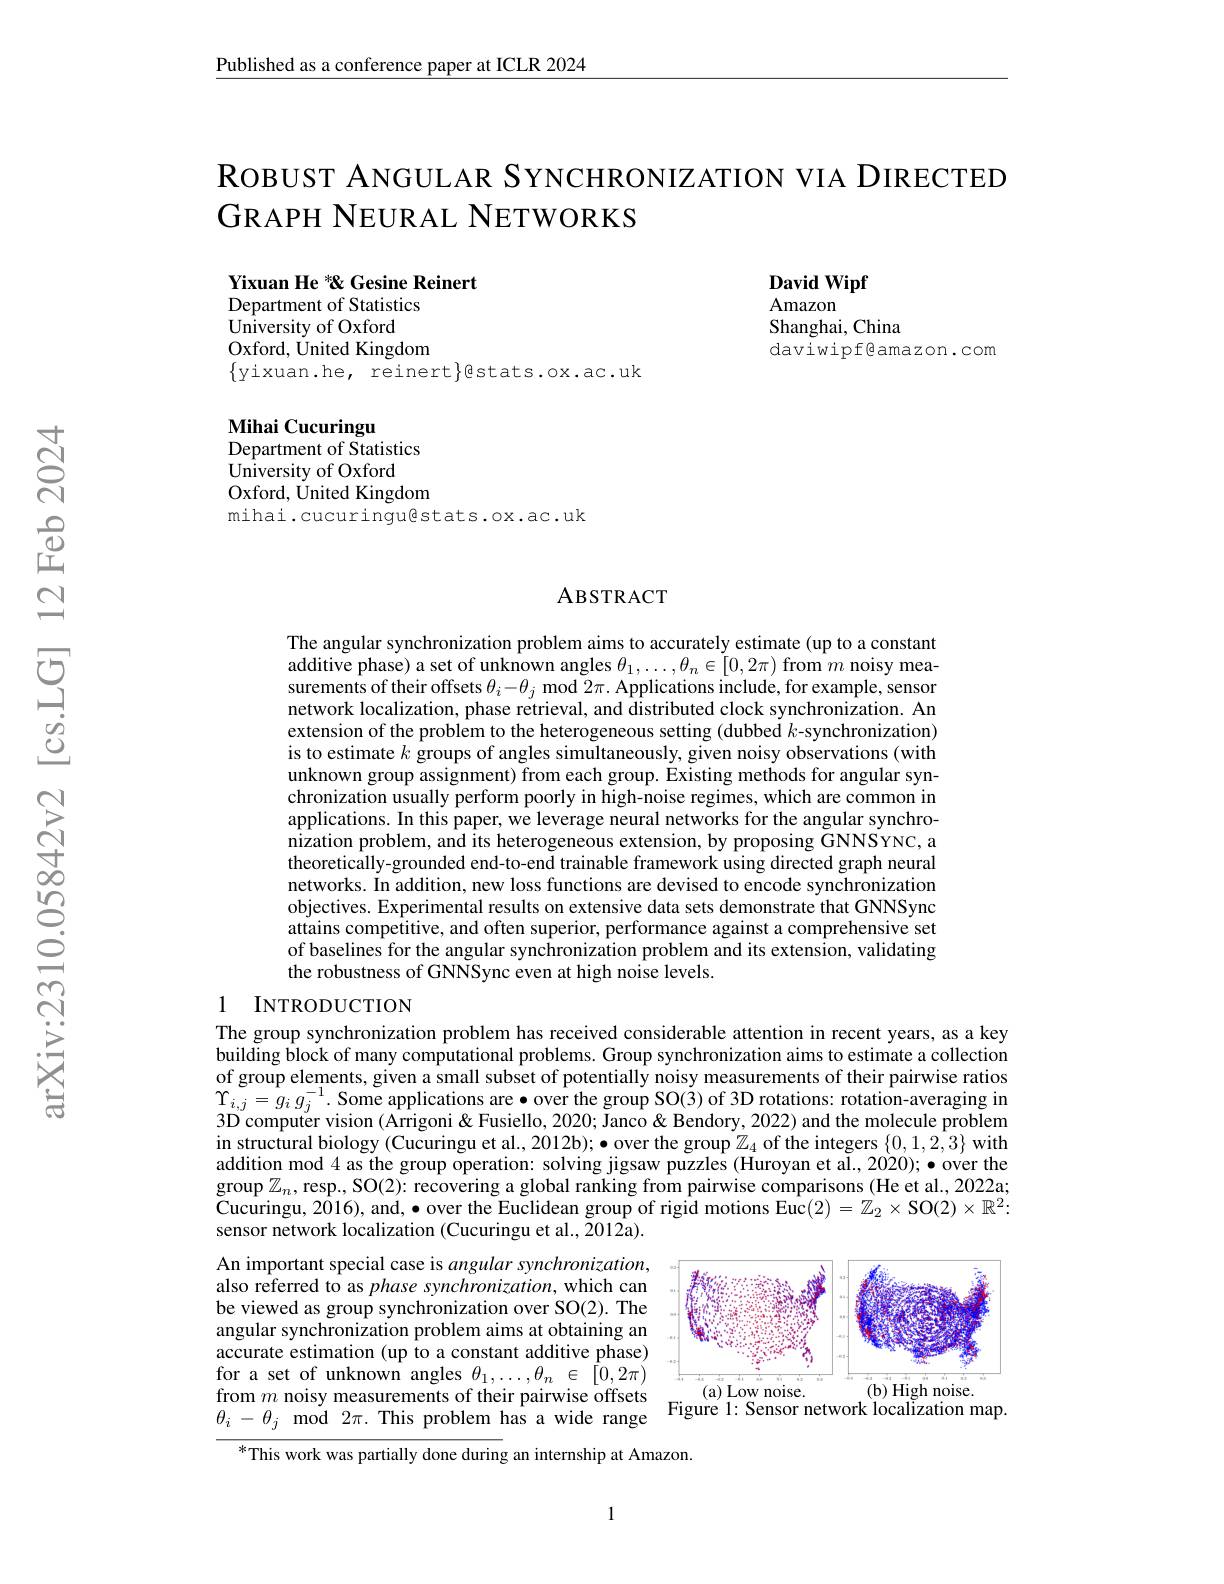
Published as a conference paper at ICLR 2024

ROBUST ANGULAR SYNCHRONIZATION VIA DIRECTED
GRAPH NEURAL NETWORKS

Yixuan He " Gesine Reinert
Department of Statistics

David Wipf
Amazon
Shanghai, China
daviwipf@amazon.com

University of Oxford
Oxford, United Kingdom
$\{$yixuan.he, reinert$\}$gstats.ox.ac.uk

Mihai Cucuringu
Department of Statistics
University of Oxford
Oxford, United Kingdom
mihai.cucuringu@stats.ox.ac.uk

### ABSTRACT

The angular synchronization problem aims to accurately estimate (up to a constant additive phase) a set of unknown angles $\theta_1,\ldots,\theta_n\in\tilde{[}0,2\pi)$ from $m$ noisy measurements of their offsets $\theta_i-\theta_j$ mod $2\pi.$ Applications include, for example, sensor network localization, phase retrieval, and distributed clock synchronization. An extension of the problem to the heterogeneous setting (dubbed $k$-synchronization) is to estimate $k$ groups of angles simultaneously, given noisy observations (with unknown group assignment) from each group. Existing methods for angular synchronization usually perform poorly in high-noise regimes, which are common in applications. In this paper, we leverage neural networks for the angular synchronization problem, and its heterogeneous extension, by proposing GNNSYNC, a theoretically-grounded end-to-end trainable framework using directed graph neural networks. In addition, new loss functions are devised to encode synchronization objectives. Experimental results on extensive data sets demonstrate that GNNSync attains competitive, and often superior, performance against a comprehensive set of baselines for the angular synchronization problem and its extension, validating the robustness of GNNSync even at high noise levels.

## 1 INTRODUCTION

The group synchronization problem has received considerable attention in recent years, as a key building block of many computational problems. Group synchronization aims to estimate a collection of group elements, given a small subset of potentially noisy measurements of their pairwise ratios $\Upsilon _{i, j}= g_{i}$ $g_{j}^{- 1}$ . Some applications are·over the group SO(3) of 3D rotations: rotation-averaging in 3D computer vision (Arrigoni & Fusiello, 2020; Janco & Bendory, 2022) and the molecule problem in structural biology (Cucuringu et al., 2012b); \bullet over the group $\mathbb{Z}_4$ of the integers $\{0,1,2,3\}$ with addition mod 4 as the group operation: solving jigsaw puzzles (Huroyan et al., 2020); $\bullet$ over the $\operatorname*{group}\mathbb{Z}_n$,resp, SO(2): recovering a global ranking from pairwise comparisons (He et al., 2022a; Cucuringu, 2016) , and, $\bullet$ over the Euclidean group of rigid motions Euc( 2) = $Z_2\times$SO( 2) $\times R^{2}$: sensor network localization (Cucuringu et al., 2012a).

<FigureHere>
from $m$ noisy measurements of their pairwise offsets Figure l: Sensor network localization map. $\theta _{i}- \theta _{j}$ mod $2\pi.$ This problem has a wide range Figure l: Sensor network localization map.

An important special case is angular synchronization, also referred to as phase synchronization, which can be viewed as group synchronization over SO(2). The angular synchronization problem aims at obtaining an accurate estimation (up to a constant additive phase) for a set of unknown angles $\theta_1,\ldots,\theta_n\in[0,2\pi)$

$^*$This work was partially done during an internship at Amazon.

1